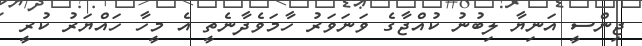
ޖިންސީ އަނިޔާ ލިބުނު ކުއްޖާގެ ވަނަވަރު ހާމަވެދާނެތީ އެ މީހާ ހައްޔަރު ކުރީ